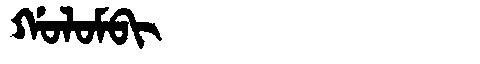
Manchu: ᡤᠣᠯᠣᠮᠪᡳ
Romanization: GOLOMBI